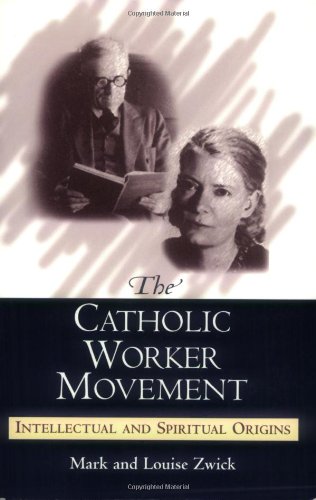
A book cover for The Catholic Worker Movement: Intellectual And Spiritual Origins; Mark Zwick; Christian Books & Bibles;